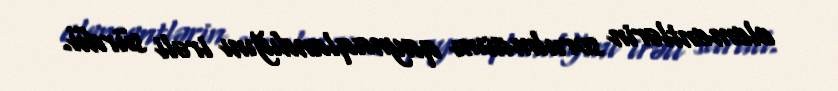
elementlərin sorulmasını qaynaqlandığını irəli sürdü.